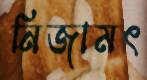
নিজামৎ